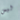
ليس